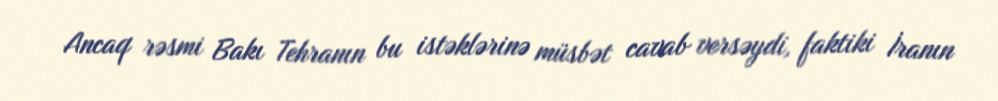
Ancaq rəsmi Bakı Tehranın bu istəklərinə müsbət cavab versəydi, faktiki İranın